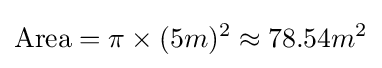
\mathrm {Area} =\pi \times (5m)^{2}\approx 78{.}54m^{2}